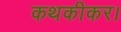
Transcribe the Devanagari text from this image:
कथकीकर।